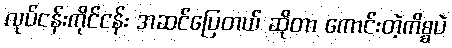
လုပ်ငန်းကိုင်ငန်း အဆင်ပြေတယ် ဆိုတာ ကောင်းတဲ့ကိစ္စပဲ